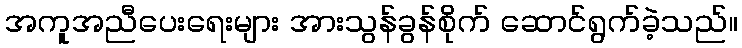
အကူအညီပေးရေးများ အားသွန်ခွန်စိုက် ဆောင်ရွက်ခဲ့သည်။